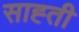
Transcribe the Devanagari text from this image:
साह्ती